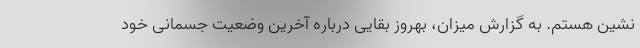
نشین هستم. به گزارش میزان، بهروز بقایی درباره آخرین وضعیت جسمانی خود